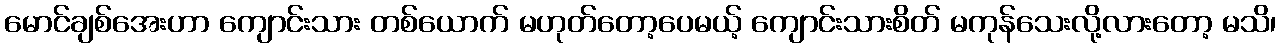
မောင်ချစ်အေးဟာ ကျောင်းသား တစ်ယောက် မဟုတ်တော့ပေမယ့် ကျောင်းသားစိတ် မကုန်သေးလို့လားတော့ မသိ၊